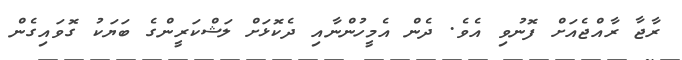
ރާޖާ ރާއްޖެއަށް ފޮނުވި އެވެ. ދެން އެމީހުންނާއި ދެކޮޅަށް ލަޝްކަރީންގެ ބަޔަކު ގޮވައިގެން